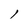
Character: l